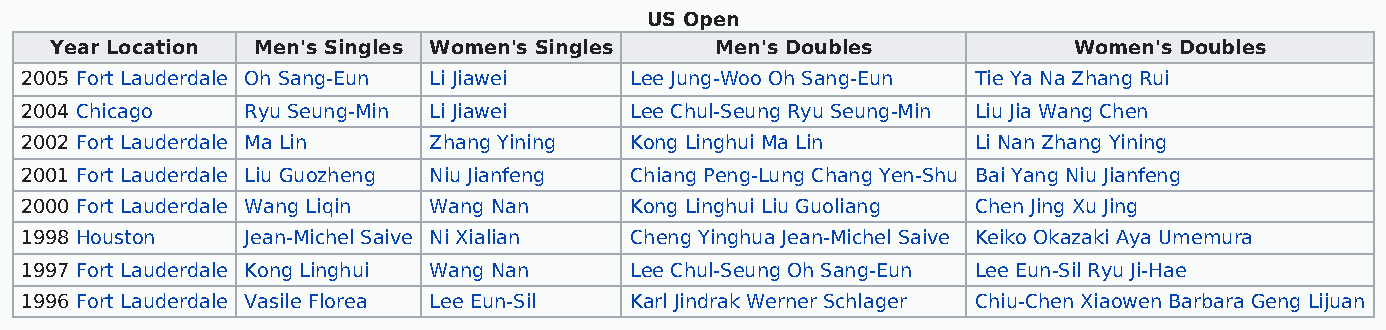
US Open
 Year Location Men's Singles Women's Singles Men's Doubles           Women's Doubles
 2005 Fort Lauderdale Oh Sang-Eun Li Jiawei Lee Jung-Woo Oh Sang-Eun Tie Ya Na Zhang Rui
 2004 Chicago   Ryu Seung-Min Li Jiawei   Lee Chul-Seung Ryu Seung-Min Liu Jia Wang Chen
 2002 Fort Lauderdale Ma Lin Zhang Yining Kong Linghui Ma Lin    Li Nan Zhang Yining
 2001 Fort Lauderdale Liu Guozheng Niu Jianfeng Chiang Peng-Lung Chang Yen-Shu Bai Yang Niu Jianfeng
 2000 Fort Lauderdale Wang Liqin Wang Nan Kong Linghui Liu Guoliang Chen Jing Xu Jing
 1998 Houston   Jean-Michel Saive Ni Xialian Cheng Yinghua Jean-Michel Saive Keiko Okazaki Aya Umemura
 1997 Fort Lauderdale Kong Linghui Wang Nan Lee Chul-Seung Oh Sang-Eun Lee Eun-Sil Ryu Ji-Hae
 1996 Fort Lauderdale Vasile Florea Lee Eun-Sil Karl Jindrak Werner Schlager Chiu-Chen Xiaowen Barbara Geng Lijuan